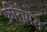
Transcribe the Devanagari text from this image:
फ़ीरोमंस